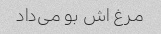
مرغ اش بو می‌داد